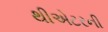
થીએટરની